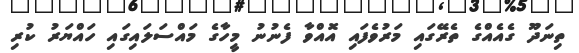
ތިނަދޫ ގެއެއްގެ ތެރޭގައި މަރުވެފައި އޮއްވާ ފެނުނު މީހާގެ މައްސަލައިގައި ހައްޔަރު ކުރި